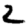
Digit: 2